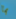
بما